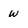
Character: w